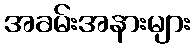
အခမ်းအနားများ